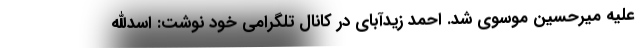
علیه میرحسین موسوی شد. احمد زیدآبای در کانال تلگرامی خود نوشت: اسدالله